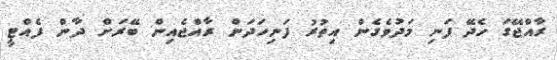
ރާއްޖޭގަ ހެދޭ ފަނި މަދުވެގެން އިތުރު ފަނިހަދަން ރާއްޖެއިން ބޭރަށް ދާން ފެއްޓީ